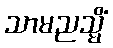
သာမညသ္မိံ